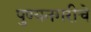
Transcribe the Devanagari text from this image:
पुण्यनगरीचे